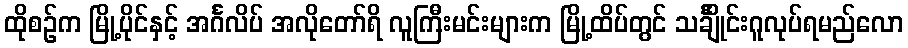
ထိုစဉ်က မြို့ပိုင်နှင့် အင်္ဂလိပ် အလိုတော်ရိ လူကြီးမင်းများက မြို့ထိပ်တွင် သင်္ချိုင်းဂူလုပ်ရမည်လော